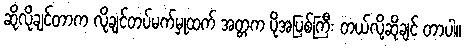
ဆိုလိုချင်တာက လိုချင်တပ်မက်မှုထက် အတ္တက ပိုအပြစ်ကြီး တယ်လို့ဆိုချင် တာပါ။